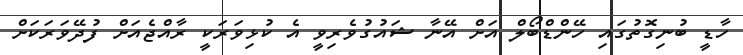
ހާޑީ ބުނިގޮތުގައި ހޭންޑްބޯލް އަށް އޭނާ ޝައުގުވެރިވީ އެ ކުޅިވަރަކީ ރާއްޖެއަށް ފުދޭވަރަކަށް